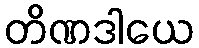
တိဏဒါယေ